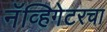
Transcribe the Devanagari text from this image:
नॅव्हिगेटरचा